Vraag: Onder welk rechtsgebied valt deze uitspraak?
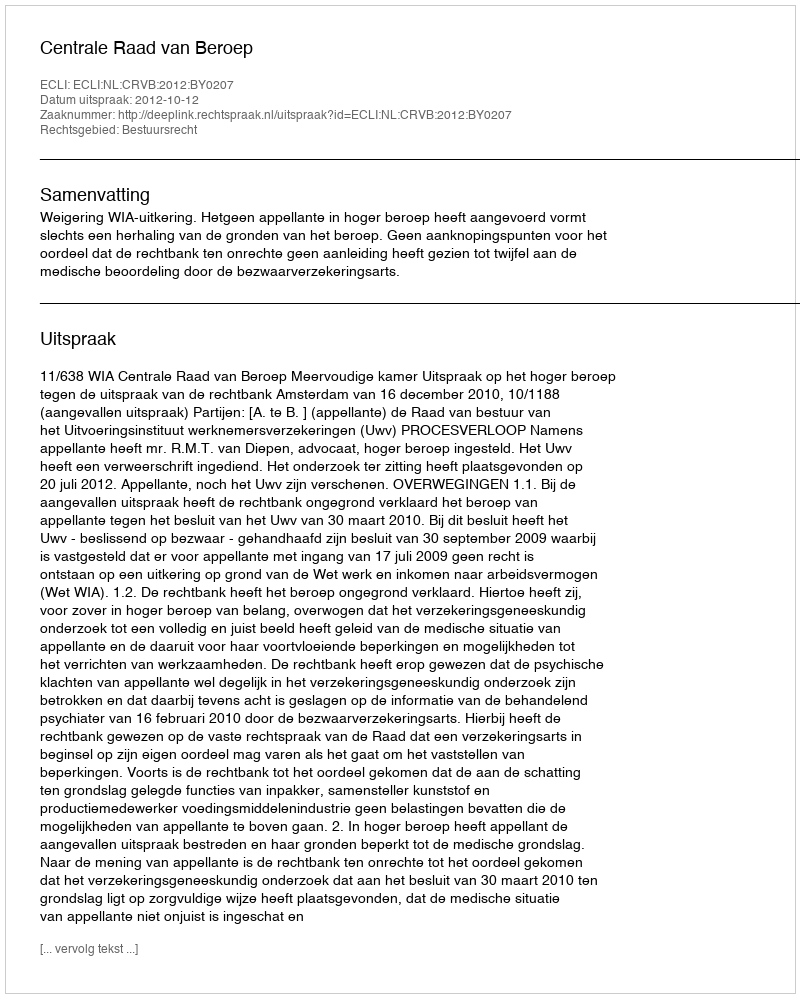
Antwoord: Bestuursrecht